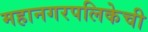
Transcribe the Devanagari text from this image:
महानगरपलिकेची